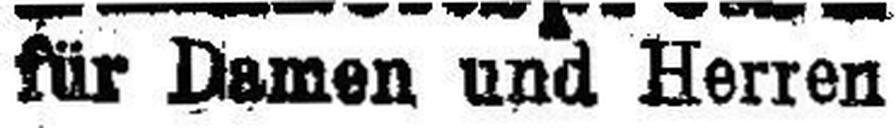
für Damen und Herren